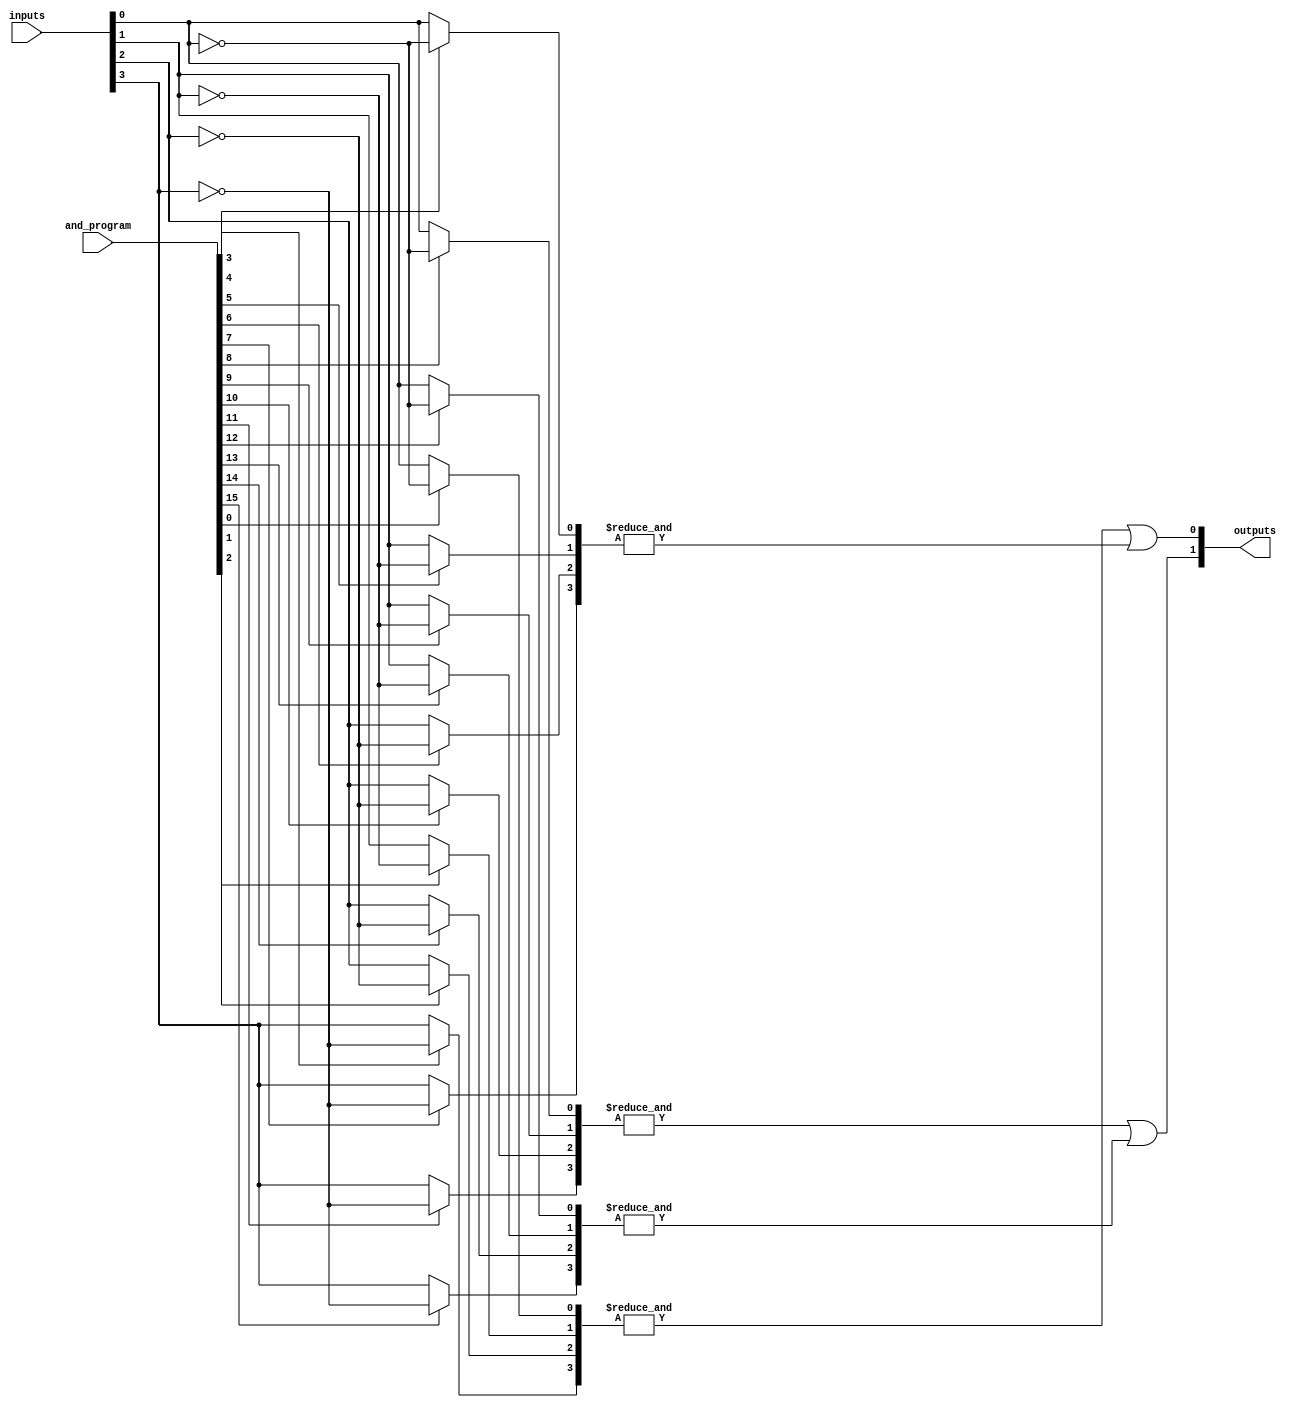
module GPAL #(
    parameter N = 4, // Number of inputs
    parameter M = 2, // Number of outputs
    parameter K = 4  // Number of AND gates
)(
    input  [N-1:0] inputs,         // Input signals
    input  [K*N-1:0] and_program,  // Programming signals for AND gates
    output [M-1:0] outputs          // Output signals
);

    // Intermediate signals for AND gate outputs
    wire [K-1:0] and_outputs;

    // Generate the programmable AND gates
    genvar i, j;
    generate
        for (i = 0; i < K; i = i + 1) begin : and_gate
            wire [N-1:0] selected_inputs;
            // Select inputs based on programming
            for (j = 0; j < N; j = j + 1) begin : input_selection
                assign selected_inputs[j] = and_program[i*N + j] ? ~inputs[j] : inputs[j];
            end
            // AND gate logic
            assign and_outputs[i] = &selected_inputs; // AND operation
        end
    endgenerate

    // Fixed OR array
    assign outputs[0] = and_outputs[0] | and_outputs[1]; // Example OR logic
    assign outputs[1] = and_outputs[2] | and_outputs[3]; // Example OR logic

endmodule